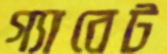
গ্যাবেট